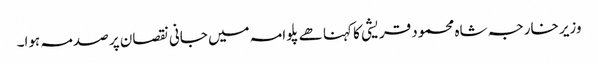
وزیر خارجہ شاہ محمود قریشی کا کہنا ھے پلوامہ میں جانی نقصان پر صدمہ ہوا۔